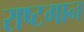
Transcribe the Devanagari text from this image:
राष्टगान